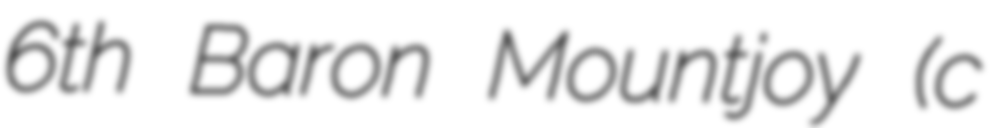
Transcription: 6th Baron Mountjoy (c